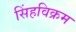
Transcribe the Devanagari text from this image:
सिंहविक्रम